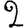
Digit: 2